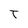
Character: T